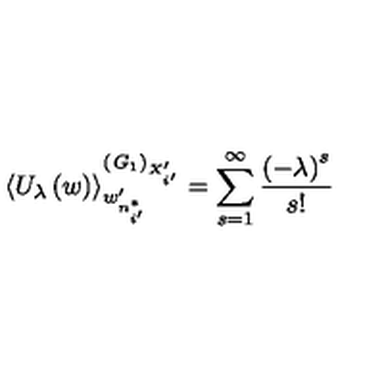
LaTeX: \left\langle U _ { \lambda } \left( w \right) \right\rangle _ { w _ { n _ { i ^ { \prime } } ^ { * } } ^ { \prime } } ^ { \left( { \it G } _ { 1 } \right) _ { X _ { i ^ { \prime } } ^ { \prime } } } = \sum _ { s = 1 } ^ { \infty } \frac { \left( - \lambda \right) ^ { s } } { s ! }